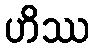
ဟိဿ